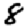
Digit: 8